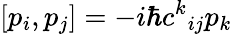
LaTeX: [p_{i},p_{j}]=-i\hbar c^{k}{}_{ij}p_{k}